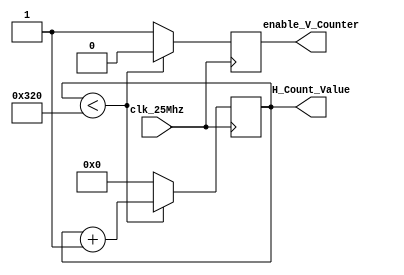
`timescale 1ns / 1ps

module horizontal_count(
 input clk_25Mhz,
    output reg enable_V_Counter = 0,
    output reg [15:0] H_Count_Value = 0
    );
    
    always@(posedge clk_25Mhz) begin
        if (H_Count_Value < 800) begin
            H_Count_Value <= H_Count_Value +1;
            enable_V_Counter <=0; // display vertical counter
        end
        else begin
            H_Count_Value <= 0; // reset horizontal counter
            enable_V_Counter <= 1;    // trigger V counter
        end
    end
    
endmodule